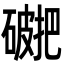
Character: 𥖖